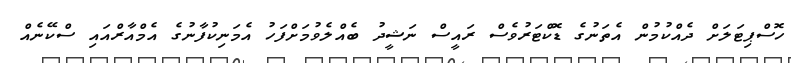
ހޮސްޕިޓަލަށް ދެއްކުމުން އެތަނުގެ ޑޮކްޓަރުވެސް ރައީސް ނަޝީދު ބެއްލެވުމަށްފަހު އެމަނިކުފާނުގެ އެމްއާރްއައި ސްކޭނެއް